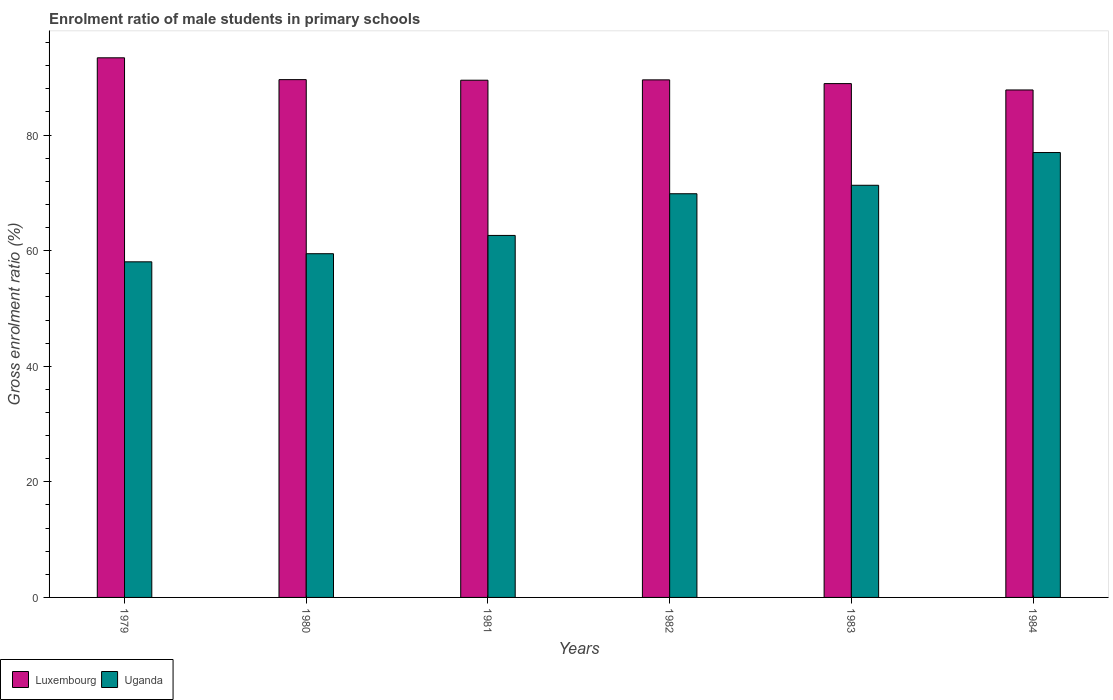
| Years | Luxembourg | Uganda |
 | --- | --- | --- |
 | 1979 | 93.4 | 58.1 |
 | 1980 | 89.6 | 59.5 |
 | 1981 | 89.5 | 62.6 |
 | 1982 | 89.6 | 69.9 |
 | 1983 | 88.9 | 71.3 |
 | 1984 | 87.8 | 77 |